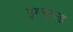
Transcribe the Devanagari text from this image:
इंग्लान्ड